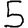
Digit: 5